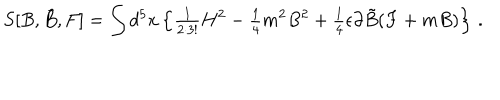
LaTeX: S [ B , \tilde { B } , F ] = \int d ^ { 5 } x \left\{ { \textstyle \frac { 1 } { 2 \cdot 3 ! } } H ^ { 2 } - { \textstyle \frac { 1 } { 4 } } m ^ { 2 } B ^ { 2 } + { \textstyle \frac { 1 } { 4 } } \epsilon \partial \tilde { B } ( F + m B ) \right\} \, .